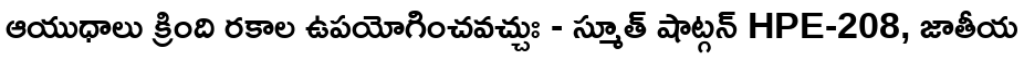
ఆయుధాలు క్రింది రకాల ఉపయోగించవచ్చుః - స్మూత్ షాట్గన్ HPE-208, జాతీయ